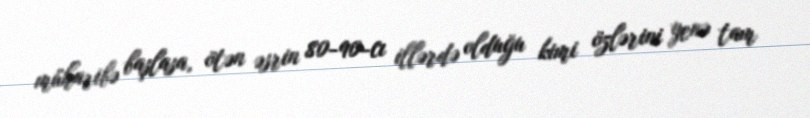
müharibə başlasa, ötən əsrin 80-90-cı illərdə olduğu kimi özlərini yenə tam